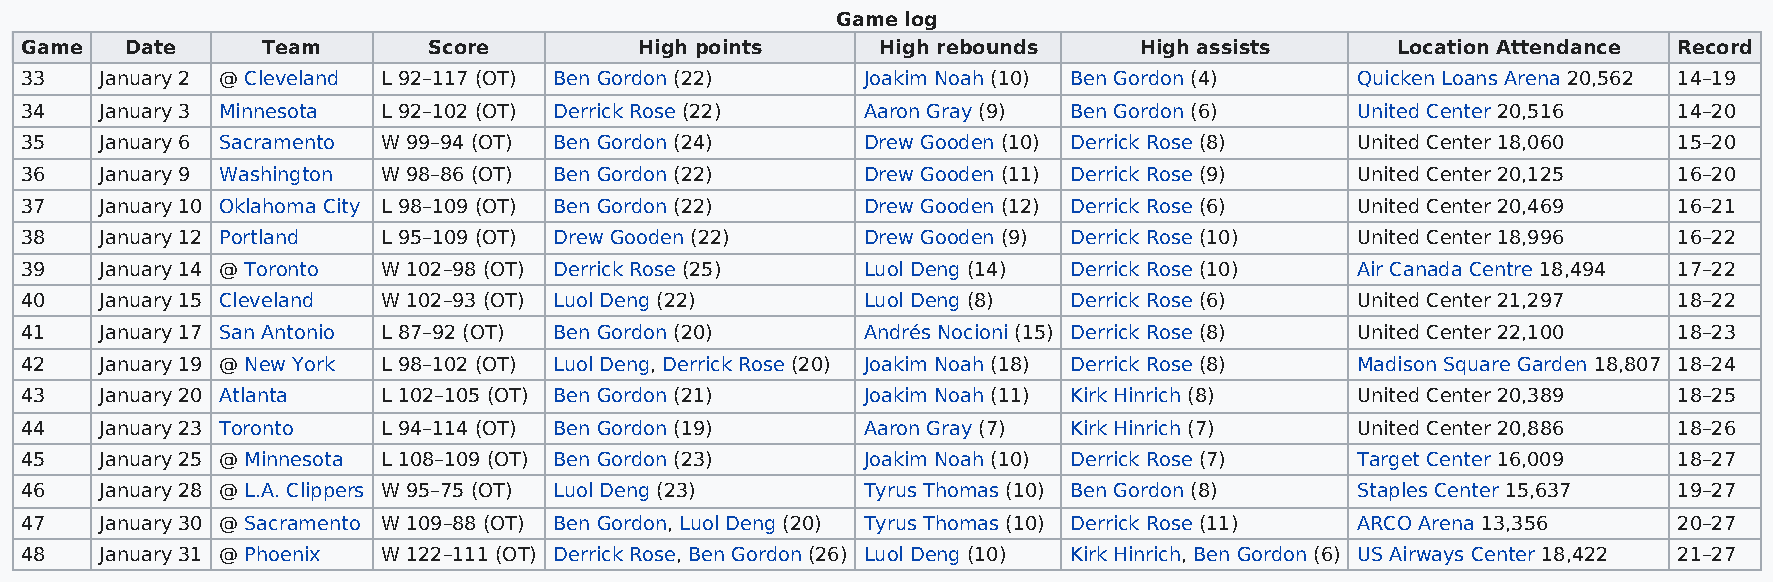
Game log
 Game   Date     Team       Score         High points     High rebounds    High assists     Location Attendance Record
 33    January 2 @ Cleveland L 92–117 (OT) Ben Gordon (22) Joakim Noah (10) Ben Gordon (4) Quicken Loans Arena 20,562 14–19
 34    January 3 Minnesota L 92–102 (OT) Derrick Rose (22) Aaron Gray (9) Ben Gordon (6)  United Center 20,516 14–20
 35    January 6 Sacramento W 99–94 (OT) Ben Gordon (24) Drew Gooden (10) Derrick Rose (8) United Center 18,060 15–20
 36    January 9 Washington W 98–86 (OT) Ben Gordon (22) Drew Gooden (11) Derrick Rose (9) United Center 20,125 16–20
 37    January 10 Oklahoma City L 98–109 (OT) Ben Gordon (22) Drew Gooden (12) Derrick Rose (6) United Center 20,469 16–21
 38    January 12 Portland L 95–109 (OT) Drew Gooden (22) Drew Gooden (9) Derrick Rose (10) United Center 18,996 16–22
 39    January 14 @ Toronto W 102–98 (OT) Derrick Rose (25) Luol Deng (14) Derrick Rose (10) Air Canada Centre 18,494 17–22
 40    January 15 Cleveland W 102–93 (OT) Luol Deng (22) Luol Deng (8) Derrick Rose (6)   United Center 21,297 18–22
 41    January 17 San Antonio L 87–92 (OT) Ben Gordon (20) Andrés Nocioni (15) Derrick Rose (8) United Center 22,100 18–23
 42    January 19 @ New York L 98–102 (OT) Luol Deng, Derrick Rose (20) Joakim Noah (18) Derrick Rose (8) Madison Square Garden 18,807 18–24
 43    January 20 Atlanta L 102–105 (OT) Ben Gordon (21) Joakim Noah (11) Kirk Hinrich (8) United Center 20,389 18–25
 44    January 23 Toronto L 94–114 (OT) Ben Gordon (19)  Aaron Gray (7) Kirk Hinrich (7)  United Center 20,886 18–26
 45    January 25 @ Minnesota L 108–109 (OT) Ben Gordon (23) Joakim Noah (10) Derrick Rose (7) Target Center 16,009 18–27
 46    January 28 @ L.A. Clippers W 95–75 (OT) Luol Deng (23) Tyrus Thomas (10) Ben Gordon (8) Staples Center 15,637 19–27
 47    January 30 @ Sacramento W 109–88 (OT) Ben Gordon, Luol Deng (20) Tyrus Thomas (10) Derrick Rose (11) ARCO Arena 13,356 20–27
 48    January 31 @ Phoenix W 122–111 (OT) Derrick Rose, Ben Gordon (26) Luol Deng (10) Kirk Hinrich, Ben Gordon (6) US Airways Center 18,422 21–27